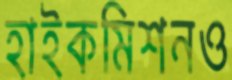
হাইকমিশনও